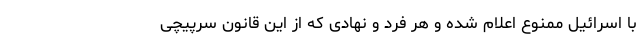
با اسرائیل ممنوع اعلام شده و هر فرد و نهادی که از این قانون سرپیچی